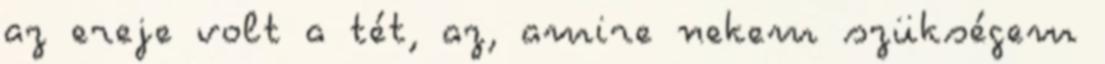
az ereje volt a tét, az, amire nekem szükségem